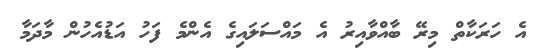
އެ ހަރަކާތް މިރޭ ބާއްވާއިރު އެ މައްސަލައިގެ އެންމެ ފަހު އަޑުއެހުން މާދަމާ